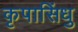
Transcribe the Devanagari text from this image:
कृपासिंधु